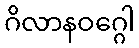
ဂိလာနဝဂ္ဂေါ